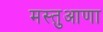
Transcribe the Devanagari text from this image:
मस्तुआणा